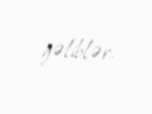
gəliblər.